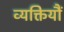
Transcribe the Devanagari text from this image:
व्यक्तियौं